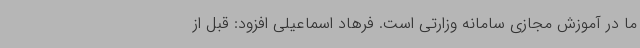
ما در آموزش مجازی سامانه وزارتی است. فرهاد اسماعیلی افزود: قبل از